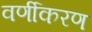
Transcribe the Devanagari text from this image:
वर्णीकरण